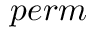
p e r m